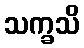
သက္ခသိ